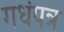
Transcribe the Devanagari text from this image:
गधंपत्र